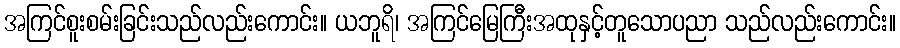
အကြင်စူးစမ်းခြင်းသည်လည်းကောင်း။ ယဘူရိ၊ အကြင်မြေကြီးအထုနှင့်တူသောပညာ သည်လည်းကောင်း။